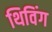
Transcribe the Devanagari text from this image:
थिविंग